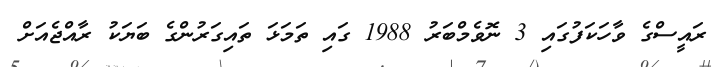
ރައީސްގެ ވާހަކަފުގައި 3 ނޮވެމްބަރު 1988 ގައި ތަމަޅަ ތައިގަރުންގެ ބަޔަކު ރާއްޖެއަށް